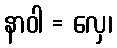
နာဝါ = လှေ၊